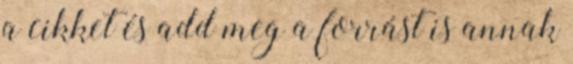
a cikket és add meg a forrást is annak